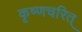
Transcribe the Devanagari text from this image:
कृष्णचरित्